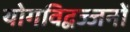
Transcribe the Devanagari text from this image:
योगविद्वज्जनों